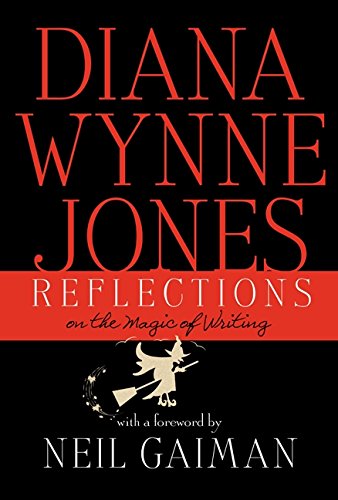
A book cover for Reflections: On the Magic of Writing; Diana Wynne Jones; Science Fiction & Fantasy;